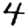
Digit: 4